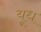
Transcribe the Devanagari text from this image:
यूध